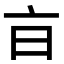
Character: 𣅀